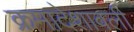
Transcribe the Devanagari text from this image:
क्रमादेशावली